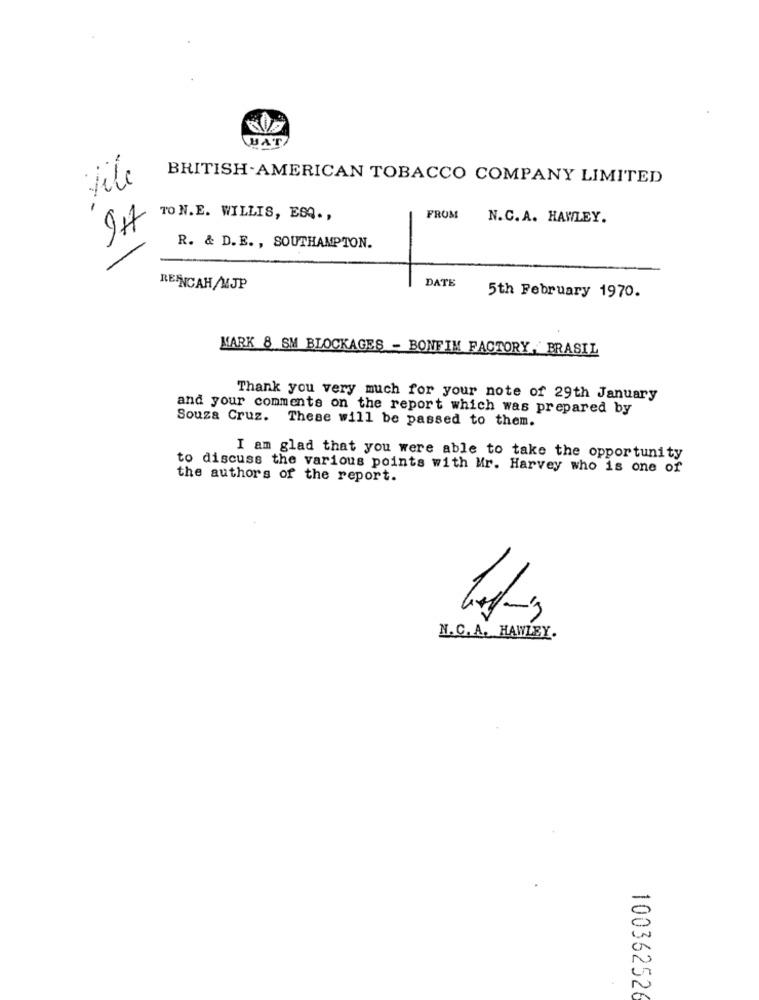
HAT
BRITISH-AMERICAN TOBACCO COMPANY LIMITED
tile
.-
TO N.E. WILLIS, ESQ .,
FROM
N.C. A. HAWLEY.
-
R. & D. E. , SOUTHAMPTON.
DATE
REINCAH/MJP
5th February 1970.
MARK 8 SM BLOCKAGES - BONFIM FACTORY, BRASIL
Thank you very much for your note of 29th January
and your comments on the report which was prepared by
Souza Cruz. These will be passed to them.
I am glad that you were able to take the opportunity
to discuss the various points with Mr. Harvey who is one of
the authors of the report.
N.C. A. HAWLEY.
100362526